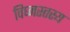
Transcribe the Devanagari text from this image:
विघ्नस्तस्य